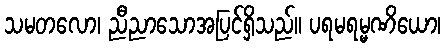
သမတလော၊ ညီညာသောအပြင်ရှိသည်။ ပရမရမ္မဏိယော၊